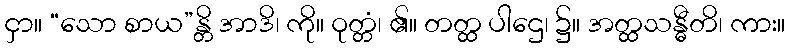
ငှာ။ “သော စာယ”န္တိ အာဒိ၊ ကို။ ဝုတ္တံ၊ ၏။ တတ္ထ ပါဌေ၊ ၌။ အတ္ထသန္ဓီတိ၊ ကား။